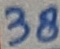
Text: 38